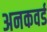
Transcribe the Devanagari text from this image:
अनकवर्ड